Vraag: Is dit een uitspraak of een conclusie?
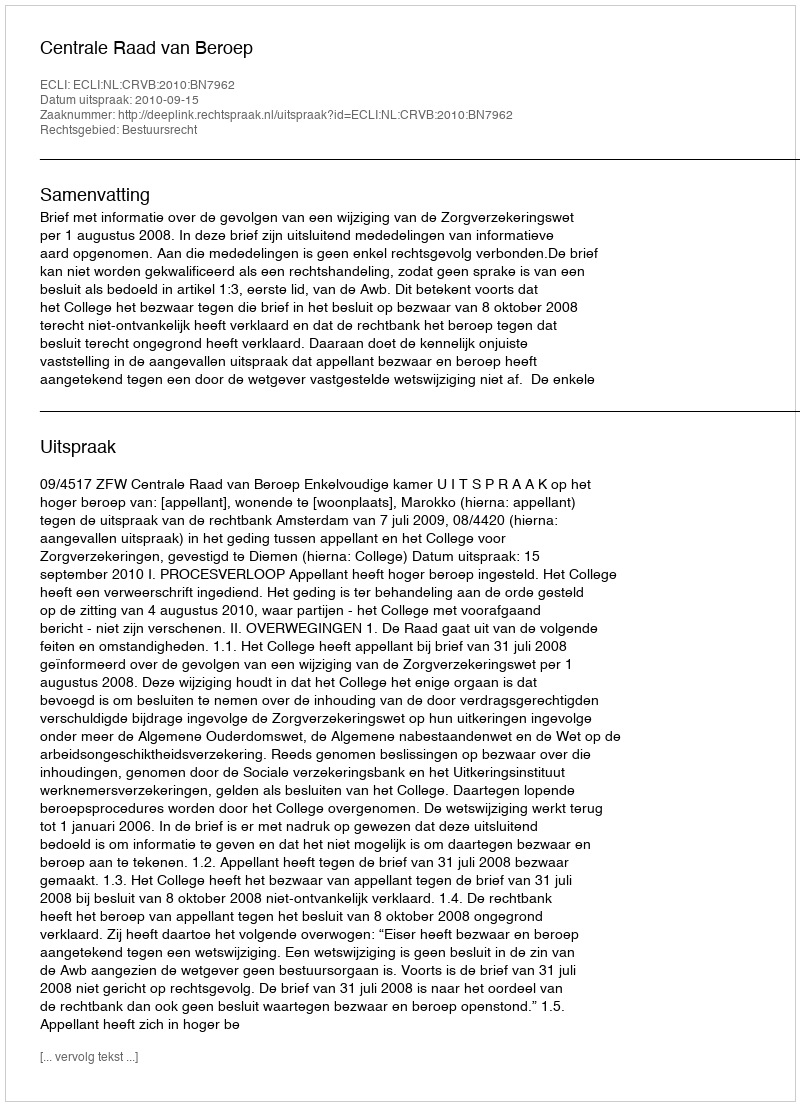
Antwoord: Uitspraak